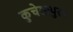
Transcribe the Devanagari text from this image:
कुचेलापुरम